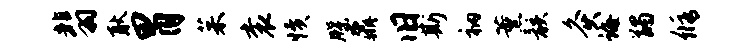
翡耿胃茱衮愤牒鼐旧斯衲薰骸灸诲蠲修